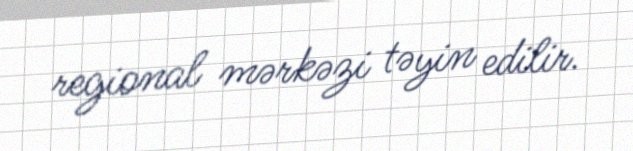
regional mərkəzi təyin edilir.